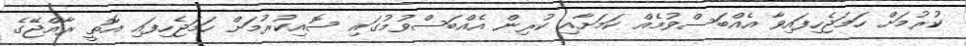
ކުރުމަށް ހަމަޖެހިފައިވާ އެއްބަސްވުމެއް ކަމަށާއި ކުރިން އެއްބަސްވުމުގައި ސޮއިކުރުމަށް ހަމަޖެހިފައި އޮތީ ރާއްޖޭގެ